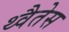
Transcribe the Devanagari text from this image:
थ्वैतेस